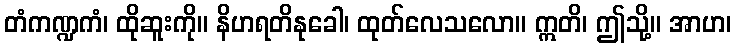
တံကဏ္ဍကံ၊ ထိုဆူးကို။ နိဟရတိနုခေါ၊ ထုတ်လေသလော။ ဣတိ၊ ဤသို့။ အာဟ၊